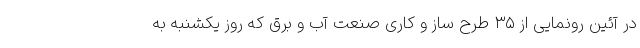
در آئین رونمایی از ۳۵ طرح ساز و کاری صنعت آب و برق که روز یکشنبه به